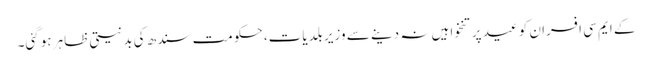
کے ایم سی افسران کو عید پر تنخواہیں نہ دینے سے وزیر بلدیات، حکومت سندھ کی بدنیتی ظاہر ہوگئی۔